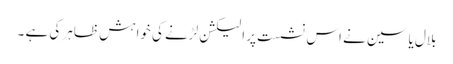
بلال یاسین نے اس نشست پر الیکشن لڑنے کی خواہش ظاہر کی ہے ۔